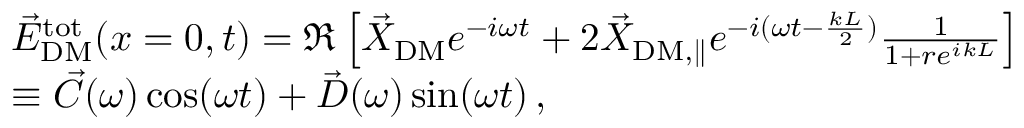
\begin{array} { r l } & { \vec { E } _ { \mathrm { D M } } ^ { \mathrm { t o t } } ( x = 0 , t ) = \Re \left[ \vec { X } _ { \mathrm { D M } } e ^ { - i \omega t } + 2 \vec { X } _ { \mathrm { D M , \parallel } } e ^ { - i ( \omega t - \frac { k L } { 2 } ) } \frac { 1 } { 1 + r e ^ { i k L } } \right] \, } \\ & { \equiv \vec { C } ( \omega ) \cos ( \omega t ) + \vec { D } ( \omega ) \sin ( \omega t ) \, , } \end{array}